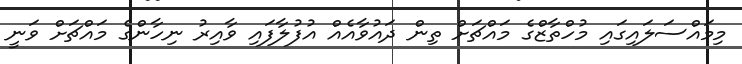
މިމައްސަލައިގައި މުހްތާޒްގެ މައްޗަށް ތިން ދައުވާއެއް އުފުލާފައި ވާއިރު ނިހާންގެ މައްޗަށް ވަނީ